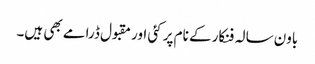
باون سالہ فنکار کے نام پر کئی اور مقبول ڈرامے بھی ہیں۔